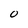
Character: 0